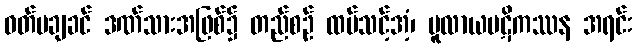
ဝတ်မချခင် ဒဏ်သားအဖြစ်၌ တည်စဉ် ထပ်သင့်အံ့၊ မူလာယပဋိကဿန အရင်း